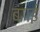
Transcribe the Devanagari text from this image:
बंगई